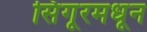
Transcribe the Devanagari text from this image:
सिंगूरमधून